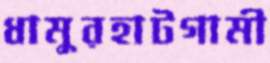
ধামুরহাটগামী